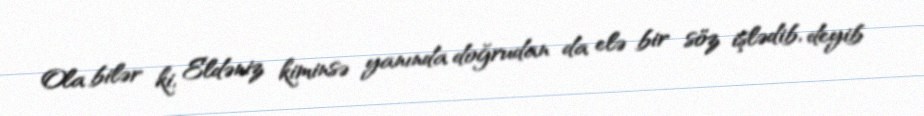
Ola bilər ki, Eldəniz kiminsə yanında doğrudan da elə bir söz işlədib, deyib